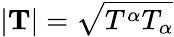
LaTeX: |\mathbf{T}|={\sqrt{T^{\alpha}T_{\alpha}}}